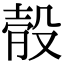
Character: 𣪛